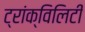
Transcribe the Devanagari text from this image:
ट्रांक्विलिटी